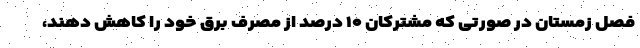
فصل زمستان در صورتی که مشترکان ۱۰ درصد از مصرف برق خود را کاهش دهند،